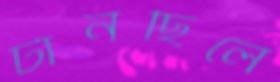
টানছিলে